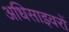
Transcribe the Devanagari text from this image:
अधिसाइवरों